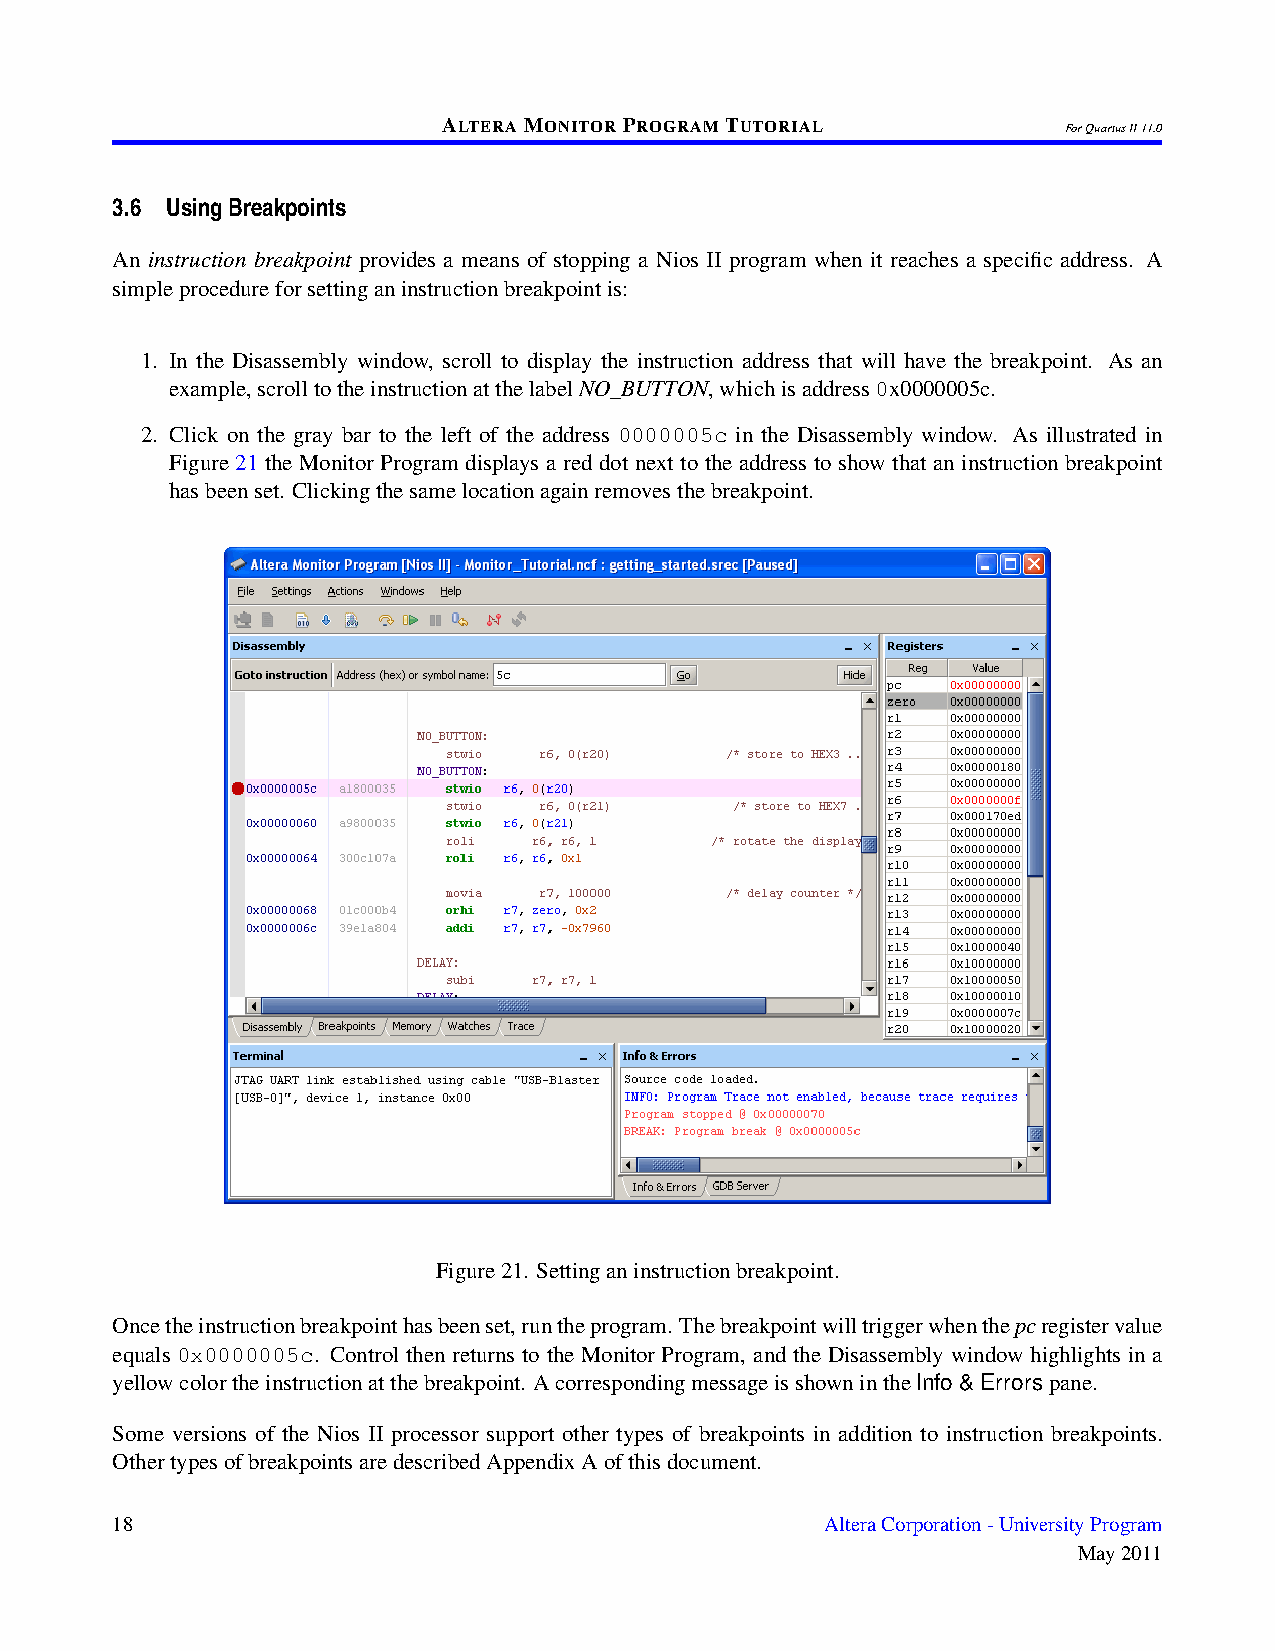
ALTERAMONITORPROGRAMTUTORIAL
 ForQuartusII11.0
 3.6 UsingBreakpoints
 An instruction breakpoint provides a means of stopping a Nios II program when it reaches a specific address. A
 simpleprocedureforsettinganinstructionbreakpointis:
 1. In the Disassembly window, scroll to display the instruction address that will have the breakpoint. As an
 example,scrolltotheinstructionatthelabelNO_BUTTON,whichisaddress0x0000005c.
 2. Click on the gray bar to the left of the address 0000005c in the Disassembly window. As illustrated in
 Figure 21 the Monitor Program displays a red dot next to the address to show that an instruction breakpoint
 hasbeenset. Clickingthesamelocationagainremovesthebreakpoint.
 Figure21. Settinganinstructionbreakpoint.
 Oncetheinstructionbreakpointhasbeenset,runtheprogram. Thebreakpointwilltriggerwhenthepcregistervalue
 equals 0x0000005c. Control then returns to the Monitor Program, and the Disassembly window highlights in a
 yellowcolortheinstructionatthebreakpoint. AcorrespondingmessageisshownintheInfo & Errorspane.
 Some versions of the Nios II processor support other types of breakpoints in addition to instruction breakpoints.
 OthertypesofbreakpointsaredescribedAppendixAofthisdocument.
 18                                              AlteraCorporation-UniversityProgram
 May2011